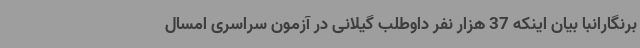
برنگارانبا بیان اینکه 37 هزار نفر داوطلب گیلانی در آزمون سراسری امسال